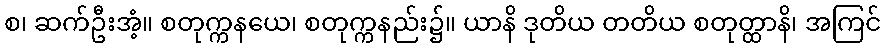
စ၊ ဆက်ဦးအံ့။ စတုက္ကနယေ၊ စတုက္ကနည်း၌။ ယာနိ ဒုတိယ တတိယ စတုတ္ထာနိ၊ အကြင်